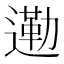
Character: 𮞿